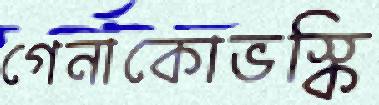
গেনাকোভস্কি